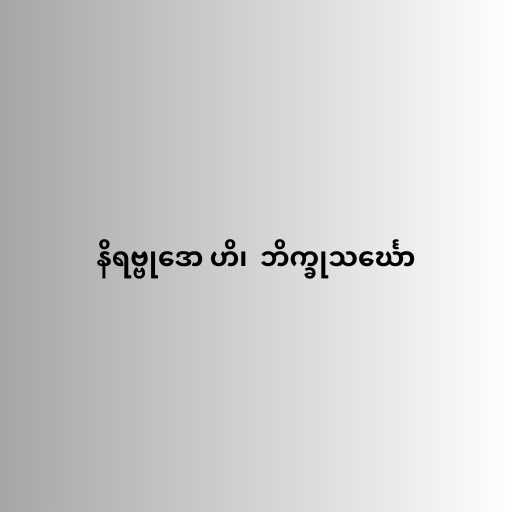
နိရဗ္ဗုဒော ဟိ၊  ဘိက္ခုသင်္ဃော